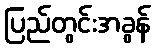
ပြည်တွင်းအခွန်